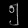
Digit: ၅